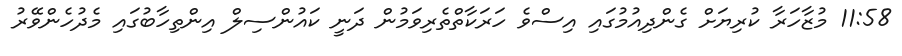
11:58 މުޒާހަރާ ކުރިޔަށް ގެންދިއުމުގައި އިސްވެ ހަރަކާތްތެރިވަމުން ދަނީ ކައުންސިލް އިންތިހާބުގައި މެދުހެންވޭރު